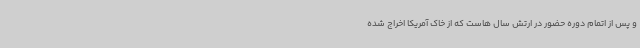
و پس از اتمام دوره حضور در ارتش سال هاست که از خاک آمریکا اخراج شده